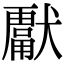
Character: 𭸮